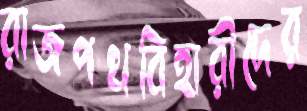
রাজপথবিহারীদের